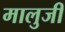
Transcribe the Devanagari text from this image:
मालुजी